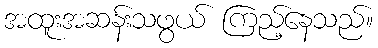
အထူးအဆန်းသဖွယ် ကြည့်နေသည်။